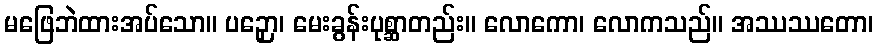
မဖြေဘဲထားအပ်သော။ ပဉှော၊ မေးခွန်းပုစ္ဆာတည်း။ လောကော၊ လောကသည်။ အဿဿတော၊